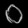
Digit: ၀